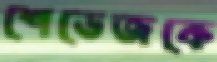
শেভেজকে